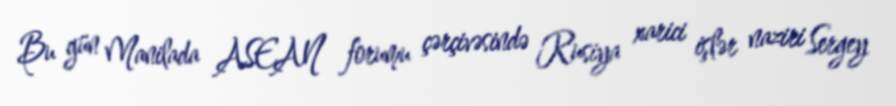
Bu gün Manilada ASEAN forumu çərçivəsində Rusiya xarici işlər naziri Sergey